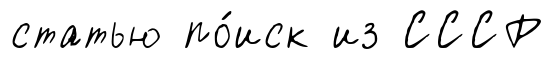
статью по́иск из СССР